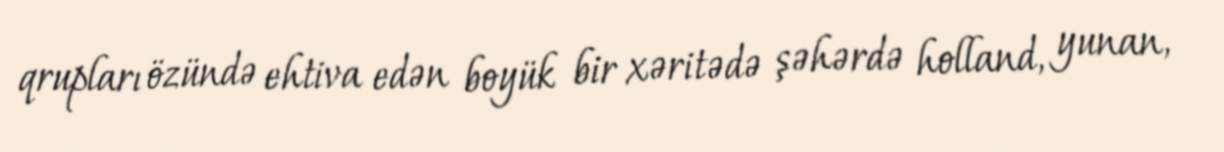
qrupları özündə ehtiva edən boyük bir xəritədə şəhərdə holland, yunan,